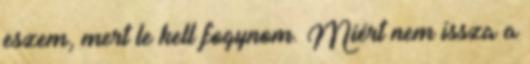
eszem, mert le kell fogynom. Miért nem issza a